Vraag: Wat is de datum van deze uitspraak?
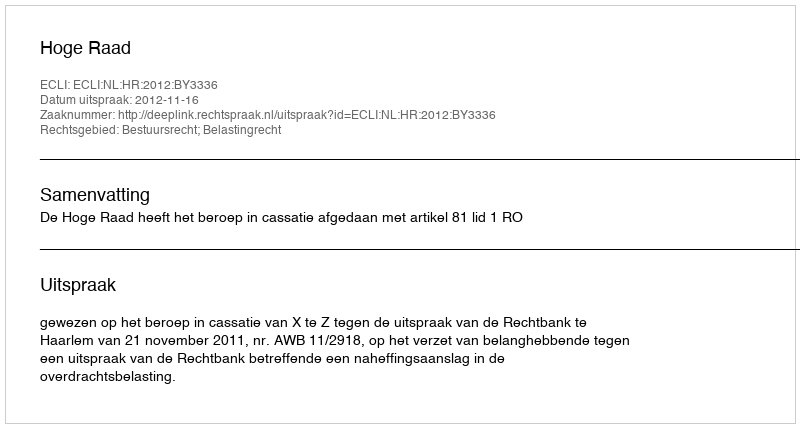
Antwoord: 2012-11-16